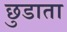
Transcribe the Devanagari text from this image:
छुडाता